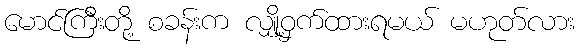
မောင်ကြီးတို့ စခန်းက လျှို့ဝှက်ထားရမယ် မဟုတ်လား